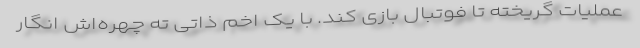
عملیات گریخته تا فوتبال بازی کند. با یک اخم ذاتی ته چهره‌اش انگار